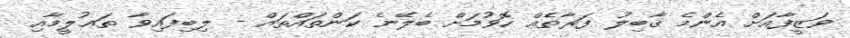
ވަޒީފާއަށް އެންމެ ޤާބިލު ފަރާތެއް ހޮވުމަށް ބެލޭނެ ކަންތައްތައް - ލިބިފައިވާ ތަޢުލީމާއި